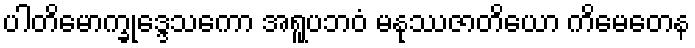
ပါတိမောက္ခုဒ္ဒေသကော အရူပဘဝံ မနုဿဇာတိယော ကိမေတေန